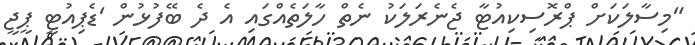
"މިސާލަކަށް ޕްރޮސިކިއުޓާ ޖެނެރަލަކު ނެތް ހާލަތެއްގައި އެ ދެ ބޭފުޅުން 'ޑެޕިއުޓީ ޕީޖީ